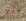
هذه